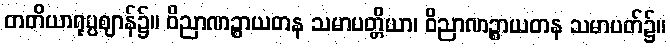
တတိယာရုပ္ပဈာန်၌။ ဝိညာဏဉ္စာယတန သမာပတ္တိယာ၊ ဝိညာဏဉ္စာယတန သမာပတ်၌။